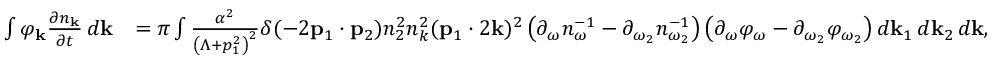
\begin{array} { r l } { \int \varphi _ { \bf k } \frac { \partial n _ { \bf k } } { \partial t } \, d { \bf k } } & { = \pi \int \frac { \alpha ^ { 2 } } { \left( \Lambda + p _ { 1 } ^ { 2 } \right) ^ { 2 } } \delta ( - 2 { \bf p } _ { 1 } \cdot { \bf p } _ { 2 } ) n _ { 2 } ^ { 2 } n _ { k } ^ { 2 } ( { \bf p } _ { 1 } \cdot 2 { \bf k } ) ^ { 2 } \left( \partial _ { \omega } n _ { \omega } ^ { - 1 } - \partial _ { \omega _ { 2 } } n _ { \omega _ { 2 } } ^ { - 1 } \right) \left( \partial _ { \omega } \varphi _ { \omega } - \partial _ { \omega _ { 2 } } \varphi _ { \omega _ { 2 } } \right) d { \bf k } _ { 1 } \, d { \bf k } _ { 2 } \, d { \bf k } , } \end{array}